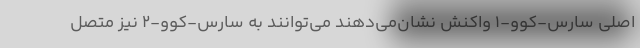
اصلی سارس-کوو-۱ واکنش نشان‌می‌دهند می‌توانند به سارس-کوو-۲ نیز متصل